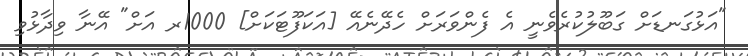
"އަޅުގަނޑަށް ގަބޫލުކުރެވެނީ އެ ފެންވަރަށް ހެދޭނެއޭ [އަކަފޫޓަކަށް] 1000ރ އަށް" އޭނާ ވިދާޅުވި